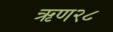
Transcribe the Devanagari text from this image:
ऋण२८